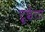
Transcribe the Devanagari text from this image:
ट्रूईटा